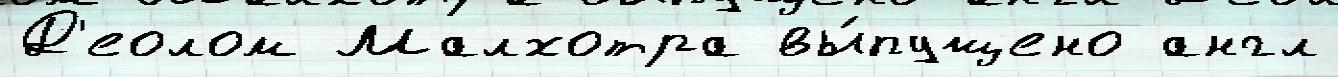
Д'еолом Малхотра вы́пущено англ